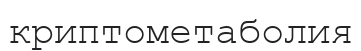
криптометаболия